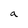
Character: a